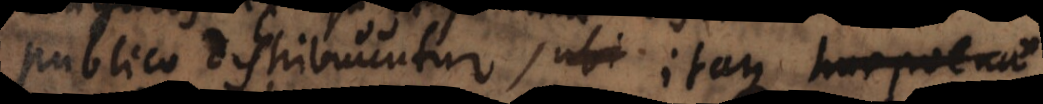
blico distribuuntur, itaque huc poenae